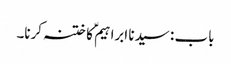
باب : سیدنا ابراہیمؑ کا ختنہ کرنا۔